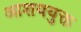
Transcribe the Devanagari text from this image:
आशययुक्त